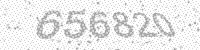
Solution: 656820